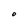
Character: O